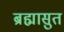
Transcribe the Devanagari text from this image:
ब्रह्मासुत